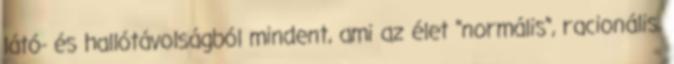
látó- és hallótávolságból mindent, ami az élet "normális", racionális,